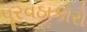
પૂરવઠાકારો